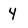
Character: 4